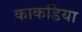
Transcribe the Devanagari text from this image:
काकडिया